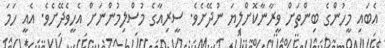
އެބައި މީހުންގެ ބިންތަށް ވީރާނާކޮށްލިޔަ ނުދޭށެވެ. ސީރިއާގެ މުސްލިމުންނަށް އެހީވެދޭށެވެ. އެއީ ހަމަ